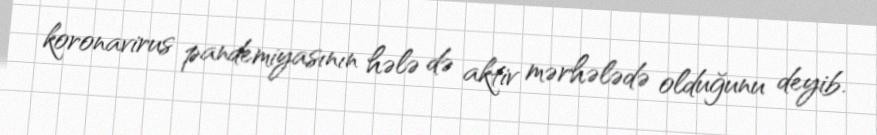
koronavirus pandemiyasının hələ də aktiv mərhələdə olduğunu deyib.